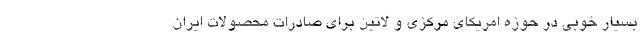
بسیار خوبی در حوزه امریکای مرکزی و لاتین برای صادرات محصولات ایران